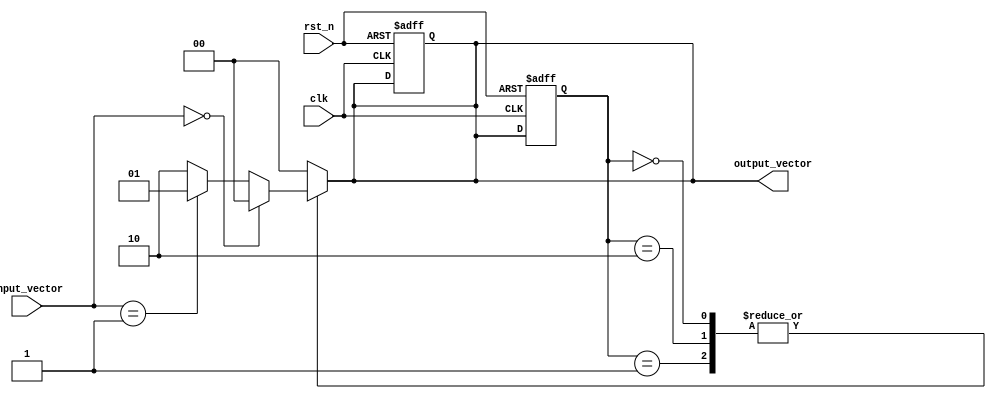
module MultiBitMealyFSM (
    input wire clk,               // Clock signal
    input wire rst_n,             // Asynchronous active-low reset
    input wire [M-1:0] input_vector, // Input vector (M bits)
    output reg [N-1:0] output_vector // Output vector (N bits)
);

// Parameter definitions
parameter N = 2;               // Number of bits for state representation
parameter M = 2;               // Number of bits for input representation
parameter STATE_A = 2'b00;    // State A
parameter STATE_B = 2'b01;    // State B
parameter STATE_C = 2'b10;    // State C

// State registers
reg [N-1:0] current_state, next_state;

// State transition logic
always @(*) begin
    case (current_state)
        STATE_A: begin
            if (input_vector == 2'b00) begin
                next_state = STATE_A;
                output_vector = 2'b00; // Output for STATE_A
            end else if (input_vector == 2'b01) begin
                next_state = STATE_B;
                output_vector = 2'b01; // Output for STATE_B
            end else begin
                next_state = STATE_C;
                output_vector = 2'b10; // Output for STATE_C
            end
        end
        
        STATE_B: begin
            if (input_vector == 2'b00) begin
                next_state = STATE_A;
                output_vector = 2'b00; // Output for STATE_A
            end else if (input_vector == 2'b01) begin
                next_state = STATE_B;
                output_vector = 2'b01; // Output for STATE_B
            end else begin
                next_state = STATE_C;
                output_vector = 2'b10; // Output for STATE_C
            end
        end
        
        STATE_C: begin
            if (input_vector == 2'b00) begin
                next_state = STATE_A;
                output_vector = 2'b00; // Output for STATE_A
            end else if (input_vector == 2'b01) begin
                next_state = STATE_B;
                output_vector = 2'b01; // Output for STATE_B
            end else begin
                next_state = STATE_C;
                output_vector = 2'b10; // Output for STATE_C
            end
        end
        
        default: begin
            next_state = STATE_A;   // Default to STATE_A
            output_vector = 2'b00; // Default output
        end
    endcase
end

// Sequential logic for state update
always @(posedge clk or negedge rst_n) begin
    if (!rst_n) begin
        current_state <= STATE_A; // Asynchronous reset to initial state
        output_vector <= 2'b00;    // Initial output
    end else begin
        current_state <= next_state; // Update state on clock edge
    end
end

endmodule